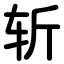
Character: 斩